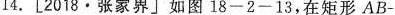
14.[2018·张家界]如图18-2-13，在矩形AB-